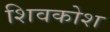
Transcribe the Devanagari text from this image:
शिवकोश